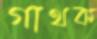
গাথক